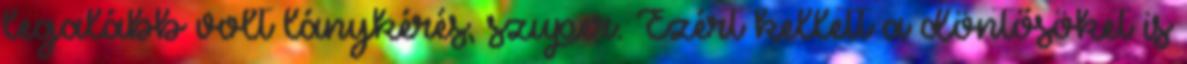
legalább volt lánykérés, szuper. Ezért kellett a döntősöket is